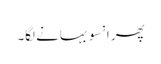
پھر انسو بہانے لگا۔